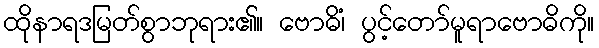
ထိုနာရဒမြတ်စွာဘုရား၏။ ဗောဓိံ၊ ပွင့်တော်မူရာဗောဓိကို။